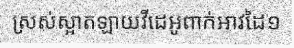
ស្រស់ស្អាតឡាយវីដេអូពាក់អាវដៃ១